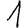
Digit: 1